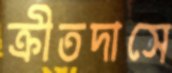
ক্রীতদাসে